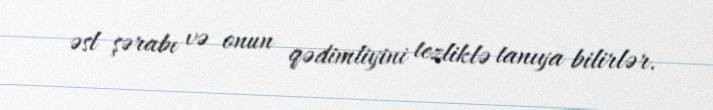
əsl şərabı və onun qədimliyini tezliklə tanıya bilirlər.